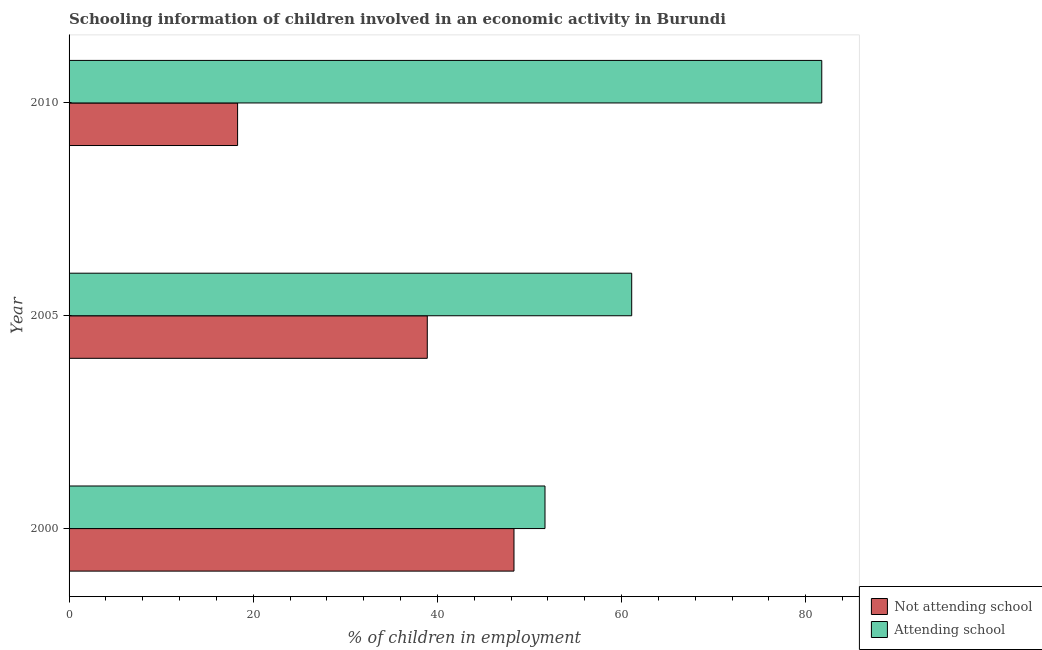
| Year | Not attending school | Attending school |
 | --- | --- | --- |
 | 2000 | 48.3 | 51.7 |
 | 2005 | 38.9 | 61.1 |
 | 2010 | 18.3 | 81.7 |